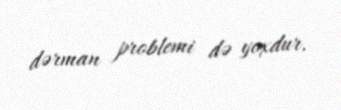
dərman problemi də yoxdur.